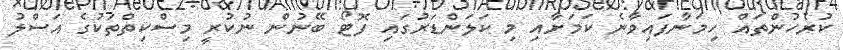
ކުރެހުންތައް ހިމަނާފައިވާނެ ކަމަށާއި މި ކަލަންޑަރުގައި ފޮޓޯ ބޭނުން ނުކުރީ މިސްކިތްތަކުގެ އަސްލު